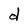
Character: d